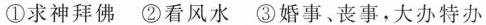
①求神拜佛②看风水③婚事、丧事，大办特办